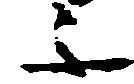
不